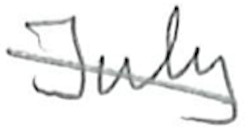
Text: July
Cross-out: diagonal
Writing tool: pencil